Insane asylums in Bengal annual reports 1867-1875 - 1867-1875
Year: 1867
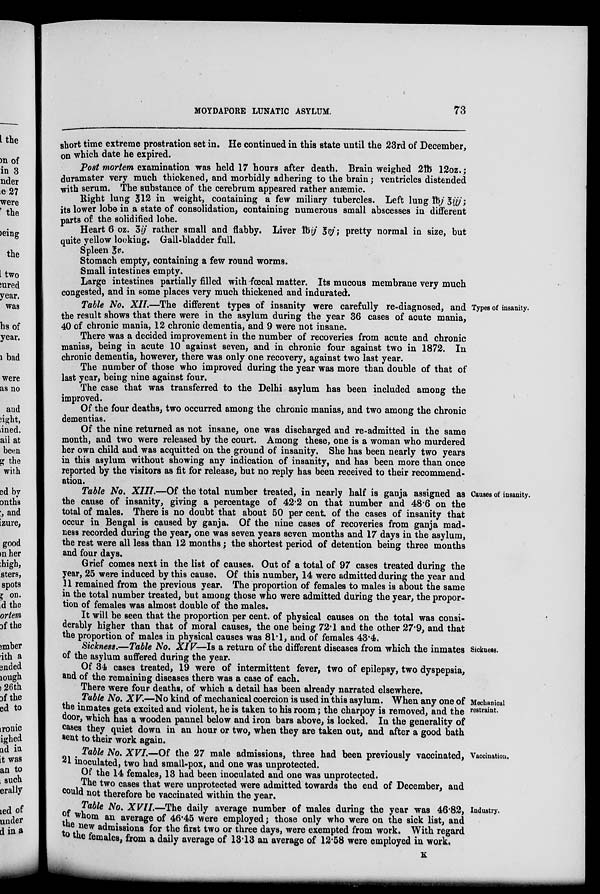
MOYDAPORE LUNATIC ASYLUM.
73
short time extreme prostration set in. He continued in this state until the 23rd of December,
on which date he expired.
Post mortem examination was held 17 hours after death. Brain weighed 2lb 12oz.;
duramater very much thickened, and morbidly adhering to the brain; ventricles distended
with serum. The substance of the cerebrum appeared rather anæmic.
Right lung 3 12 in weight, containing a few miliary tubercles. Left lung lbj 3ijj;
its lower lobe in a state of consolidation, containing numerous small abscesses in different
parts of the solidified lobe.
Heart 6 oz. 3ij rather small and flabby. Liver lbij 3vj;pretty normal in size, but
quite yellow looking. Gall-bladder full.
Spleen 3v.
Stomach empty, containing a few round worms.
Small intestines empty.
Large intestines partially filled with-fœcal matter. Its mucous membrane very much
congested, and in some places very much thickened and indurated.
Types of insanity.
Table No. XII.—The different types of insanity were carefully re-diagnosed, and
the result shows that there were in the asylum during the year 36 cases of acute mania,
40 of chronic mania, 12 chronic dementia, and 9 were not insane.
There was a decided improvement in the number of recoveries from acute and chronic
manias, being in acute 10 against seven, and in chronic four against two in 1872. In
chronic dementia, however, there was only one recovery, against two last year.
The number of those who improved during the year was more than double of that of
last year, being nine against four.
The case that was transferred to the Delhi asylum has been included among the
improved.
Of the four deaths, two occurred among the chronic manias, and two among the chronic
dementias.
Of the nine returned as not insane, one was discharged and re-admitted in the same
month, and two were released by the court. Among these, one is a woman who murdered
her own child and was acquitted on the ground of insanity. She has been nearly two years
in this asylum without showing any indication of insanity, and has been more than once
reported by the visitors as fit for release, but no reply has been received to their recommend-
ation.
Causes of insanity.
Table No. XIII.—Of the total number treated, in nearly half is ganja assigned as
the cause of insanity, giving a percentage of 42.2 on that number and 48.6 on the
total of males. There is no doubt that about 50 per cent. of the cases of insanity that
occur in Bengal is caused by ganja. Of the nine cases of recoveries from ganja mad-
ness recorded during the year, one was seven years seven months and 17 days in the asylum,
the rest were all less than 12 months; the shortest period of detention being three months
and four days.
Grief comes next in the list of causes. Out of a total of 97 cases treated during the
year, 25 were induced by this cause. Of this number, 14 were admitted during the year and
11 remained from the previous year. The proportion of females to males is about the same
in the total number treated, but among those who were admitted during the year, the propor-
tion of females was almost double of the males.
It will be seen that the proportion per cent. of physical causes on the total was consi-
derably higher than that of moral causes, the one being 72.1 and the other 27.9, and that
the proportion of males in physical causes was 81.1, and of females 43.4.
Sickness
Sickness.—Table No. XIV—Is a return of the different diseases from which the inmates
of the asylum suffered during the year.
Of 34 cases treated, 19 were of intermittent fever, two of epilepsy, two dyspepsia,
and of the remaining diseases there was a case of each.
There were four deaths, of which a detail has been already narrated elsewhere.
Mechanical
restraint.
Table No. XV.—No kind of mechanical coercion is used in this asylum. When any one of
the inmates gets excited and violent, he is taken to his room; the charpoy is removed, and the
door, which has a wooden pannel below and iron bars above, is locked. In the generality of
cases they quiet down in an hour or two, when they are taken out, and after a good bath
sent to their work again.
Vaccination.
Table No. XVI.—Of the 27 male admissions, three had been previously vaccinated,
21 inoculated, two had small-pox, and one was unprotected.
Of the 14 females, 13 had been inoculated and one was unprotected.
The two cases that were unprotected were admitted towards the end of December, and
could not therefore be vaccinated within the year.
Industry.
Table No. XVII.—The daily average number of males during the year was 46.82,
of whom an average of 46.45 were employed; those only who were on the sick list, and
the new admissions for the first two or three days, were exempted from work. With regard
the females, from a daily average of 13.13 an average of 12.58 were employed in work.
K